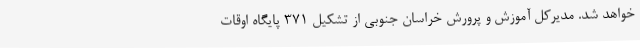
خواهد شد. مدیرکل آموزش و پرورش خراسان جنوبی از تشکیل ۳۷۱ پایگاه اوقات